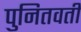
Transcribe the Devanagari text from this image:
पुनितवतीं